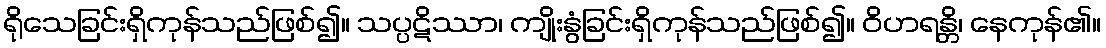
ရိုသေခြင်းရှိကုန်သည်ဖြစ်၍။ သပ္ပဋိဿာ၊ ကျိုးနွံခြင်းရှိကုန်သည်ဖြစ်၍။ ဝိဟရန္တိ၊ နေကုန်၏။